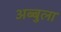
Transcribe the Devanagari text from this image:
अब्बुला